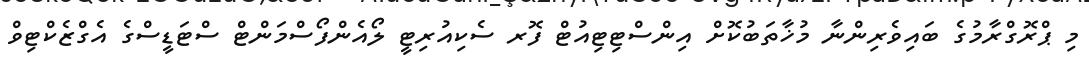
މި ޕްރޮގްރާމުގެ ބައިވެރިންނާ މުޚާތަބުކޮށް އިންސްޓިޓިއުޓް ފޮރ ސެކިއުރިޓީ ލޯއެންފޯސްމަންޓް ސްޓަޑީސްގެ އެގްޒެކްޓިވް